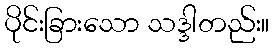
ပိုင်းခြားသော သဒ္ဒါတည်း။